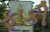
ફાકી